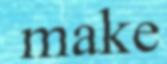
make